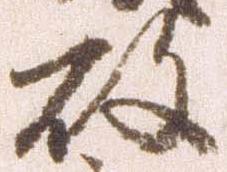
敗